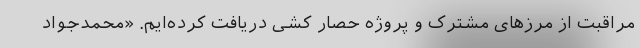
مراقبت از مرزهای مشترک و پروژه حصار کشی دریافت کرده‌ایم. «محمدجواد